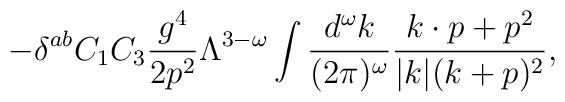
- \delta^{ab} C_1C_3 {g^4 \over 2 p^2} \Lambda^{3-\omega}\int {d^\omega k \over (2\pi)^\omega} {k\cdot p + p^2 \over |k|(k+p)^2 },